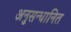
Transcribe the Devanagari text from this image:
अनुसन्‍धानित